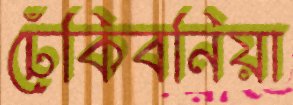
ঢেঁকিবনিয়া